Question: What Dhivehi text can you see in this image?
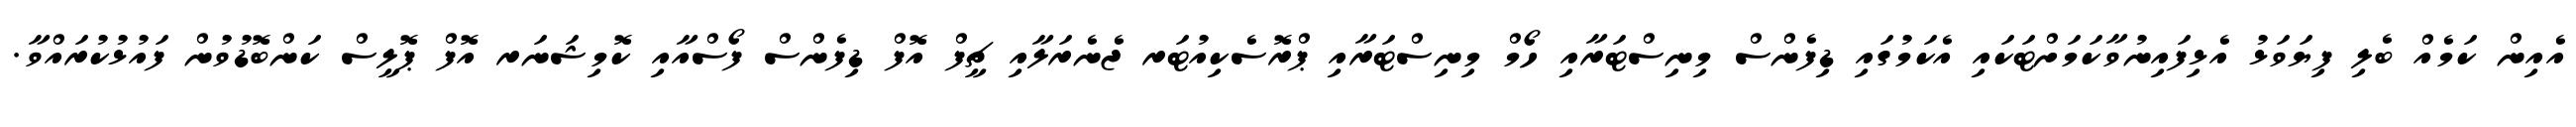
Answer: އެއިން ކަމެއް ބެލި ފިޔަވަޅު އެޅިފައިނުވާކަމަށްޓަކައި އެކަމުގައި ޑިފެންސް މިނިސްޓަރާއި ހޯމް މިނިސްޓަރާއި ޕްރޮސެކިއުޓަރ ޖެނެރަލާއި ޗީފް އޮފް ޑިފެންސް ފޯސްއާއި ކޮމިޝަނަރ އޮފް ޕޮލީސް ކަންބޮޑުވުން ފައުޅުކުރައްވާ.